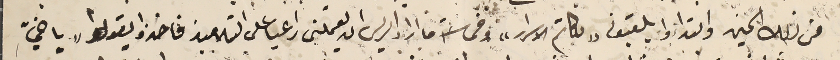
من ذلك الحين وابتداء يلقبونه "بكاتم الاسرار" وفى سنة ما اراد الريس ان يعملني راعيا على التلاميذ فاخذوا يقولو " ياخيّ